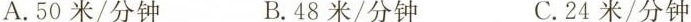
A.50米/分钟B.48米/分钟C.24米/分钟